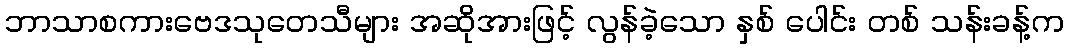
ဘာသာစကားဗေဒသုတေသီများ အဆိုအားဖြင့် လွန်ခဲ့သော နှစ် ပေါင်း တစ် သန်းခန့်က